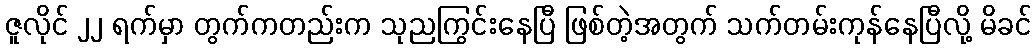
ဇူလိုင် ၂၂ ရက်မှာ တွက်ကတည်းက သုညကြွင်းနေပြီ ဖြစ်တဲ့အတွက် သက်တမ်းကုန်နေပြီလို့ မိခင်